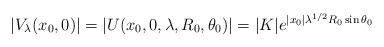
LaTeX: \begin{align*}|V_{\lambda}(x_0,0)|=|U(x_0,0,\lambda,R_{0},\theta_{0})|=|K|e^{|x_{0}|\lambda^{1/2}R_{0}\sin\theta_{0}}\end{align*}